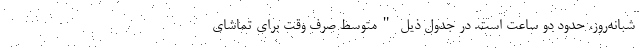
شبانه‌روز، حدود دو ساعت است. در جدول ذیل "متوسط صرف وقت برای تماشای